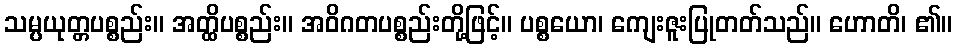
သမ္ပယုတ္တပစ္စည်း။ အတ္ထိပစ္စည်း။ အဝိဂတပစ္စည်းတို့ဖြင့်။ ပစ္စယော၊ ကျေးဇူးပြုတတ်သည်။ ဟောတိ၊ ၏။